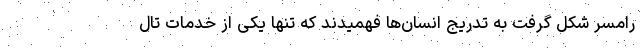
رامسر شکل گرفت به تدریج انسان‌ها فهمیدند که تنها یکی از خدمات تال